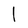
Character: l